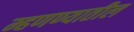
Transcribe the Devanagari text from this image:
म्हणण्यातील